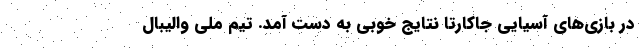
در بازی‌های آسیایی جاکارتا نتایج خوبی به دست آمد. تیم ملی والیبال